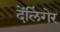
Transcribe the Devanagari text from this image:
देंलिंगेर